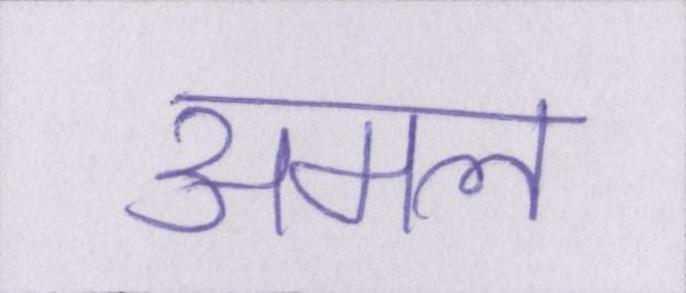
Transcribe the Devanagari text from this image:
अमल